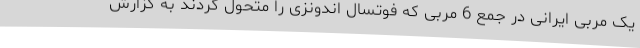
یک مربی ایرانی در جمع 6 مربی که فوتسال اندونزی را متحول کردند به گزارش